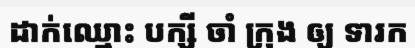
ដាក់ឈ្មោះ បក្សី ចាំ ក្រុង ឲ្យ ទារក